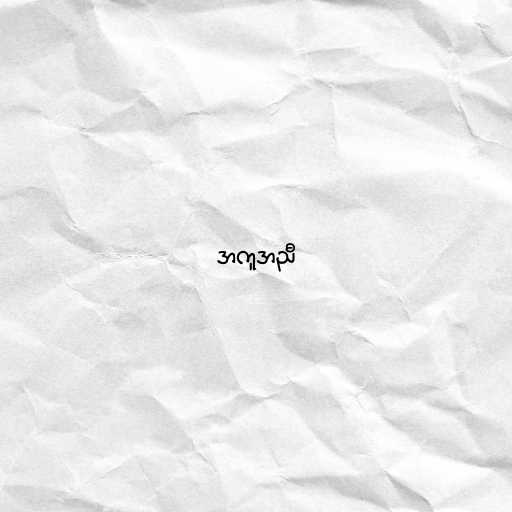
အကူအညီ